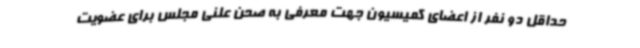
حداقل دو نفر از اعضای کمیسیون جهت معرفی به صحن علنی مجلس برای عضویت